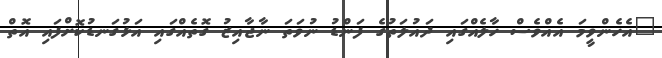
"އެހެންވީމަ އެއްވެސް ހާލެއްގައި ދައުލަތުގެ ފަންޑު ނުވަތަ ނާޖާއިޒު ގޮތެއްގައި އަޅުގަނޑުކޮށްފައި އޮތް